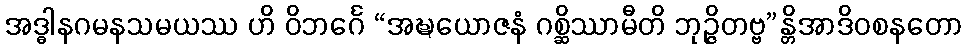
အဒ္ဓါနဂမနသမယဿ ဟိ ဝိဘင်္ဂေ “အဍ္ဎယောဇနံ ဂစ္ဆိဿာမီတိ ဘုဉ္ဇိတဗ္ဗ”န္တိအာဒိဝစနတော